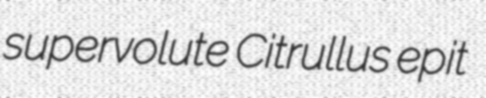
supervolute Citrullus epit